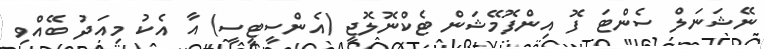
ނޭޝަނަލް ސެންޓަ ފޮ އިންފޮމޭޝަން ޓެކްނޮލޮޖީ (އެންސީޓީސީ) އާ އެކު މިއަދު ބޭއްވި